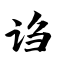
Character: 诌